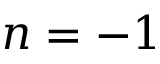
n = - 1